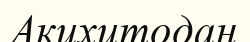
Акихитодан